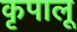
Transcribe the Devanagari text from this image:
कृपालू